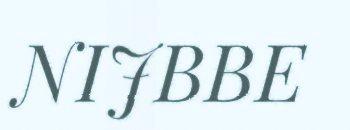
NIJBBE